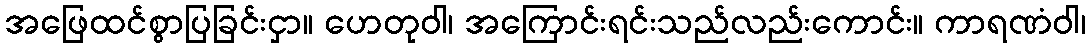
အဖြေထင်စွာပြခြင်းငှာ။ ဟေတုဝါ၊ အကြောင်းရင်းသည်လည်းကောင်း။ ကာရဏံဝါ၊